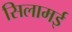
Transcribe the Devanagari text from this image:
सिलामई